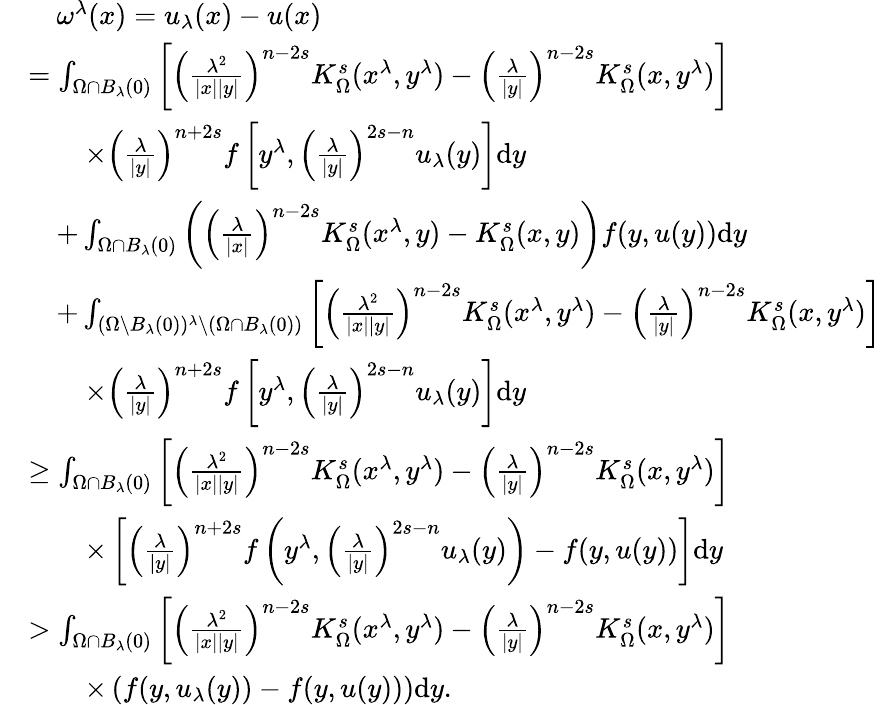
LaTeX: \begin{array}{rl}&{\quad\omega^{\lambda}(x)=u_{\lambda}(x)-u(x)}\\ &{=\int_{\Omega\cap B_{\lambda}(0)}\left[\left(\frac{\lambda^{2}}{|x||y|}\right)^{n-2s}K_{\Omega}^{s}(x^{\lambda},y^{\lambda})-{\left(\frac{\lambda}{|y|}\right)}^{n-2s}K_{\Omega}^{s}(x,y^{\lambda})\right]}\\ &{\qquad\times{\left(\frac{\lambda}{|y|}\right)}^{n+2s}f\left[y^{\lambda},{\left(\frac{\lambda}{|y|}\right)}^{2s-n}u_{\lambda}(y)\right]\mathrm dy}\\ &{\quad+\int_{\Omega\cap B_{\lambda}(0)}\left(\left(\frac{\lambda}{|x|}\right)^{n-2s}K_{\Omega}^{s}(x^{\lambda},y)-K_{\Omega}^{s}(x,y)\right)f(y,u(y))\mathrm dy}\\ &{\quad+\int_{(\Omega\setminus B_{\lambda}(0))^{\lambda}\setminus(\Omega\cap B_{\lambda}(0))}\left[\left(\frac{\lambda^{2}}{|x||y|}\right)^{n-2s}K_{\Omega}^{s}(x^{\lambda},y^{\lambda})-{\left(\frac{\lambda}{|y|}\right)}^{n-2s}K_{\Omega}^{s}(x,y^{\lambda})\right]}\\ &{\qquad\times{\left(\frac{\lambda}{|y|}\right)}^{n+2s}f\left[y^{\lambda},{\left(\frac{\lambda}{|y|}\right)}^{2s-n}u_{\lambda}(y)\right]\mathrm dy}\\ &{\geq\int_{\Omega\cap B_{\lambda}(0)}\left[\left(\frac{\lambda^{2}}{|x||y|}\right)^{n-2s}K_{\Omega}^{s}(x^{\lambda},y^{\lambda})-{\left(\frac{\lambda}{|y|}\right)}^{n-2s}K_{\Omega}^{s}(x,y^{\lambda})\right]}\\ &{\qquad\times\left[{\left(\frac{\lambda}{|y|}\right)}^{n+2s}f\left(y^{\lambda},{\left(\frac{\lambda}{|y|}\right)}^{2s-n}u_{\lambda}(y)\right)-f(y,u(y))\right]\mathrm dy}\\ &{>\int_{\Omega\cap B_{\lambda}(0)}\left[\left(\frac{\lambda^{2}}{|x||y|}\right)^{n-2s}K_{\Omega}^{s}(x^{\lambda},y^{\lambda})-{\left(\frac{\lambda}{|y|}\right)}^{n-2s}K_{\Omega}^{s}(x,y^{\lambda})\right]}\\ &{\qquad\times\left(f(y,u_{\lambda}(y))-f(y,u(y))\right)\mathrm dy.}\end{array}